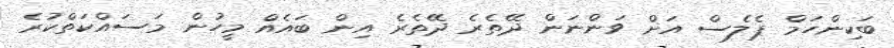
ބަކިންހަމް ޕެލެސް އަށް ވަންނަން ދޭތެރެ ދޭތެރެ އިން ބައެއް މީހުން މަސައްކަތްކުރެ